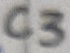
Text: C3